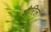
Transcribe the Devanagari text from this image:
शैरिल